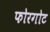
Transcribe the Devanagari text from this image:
फोरगोट